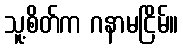
သူ့စိတ်က ဂနာမငြိမ်။